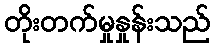
တိုးတက်မှုနှုန်းသည်